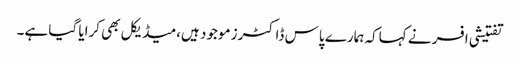
تفتیشی افسر نے کہاکہ ہمارے پاس ڈاکٹرز موجود ہیں،میڈیکل بھی کرایا گیا ہے۔